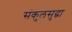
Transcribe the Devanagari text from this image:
संकुलसुद्धा